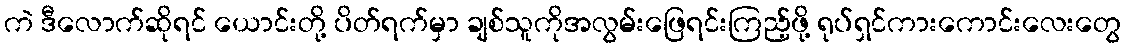
ကဲ ဒီလောက်ဆိုရင် ယောင်းတို့ ပိတ်ရက်မှာ ချစ်သူကိုအလွမ်းဖြေရင်းကြည့်ဖို့ ရုပ်ရှင်ကားကောင်းလေးတွေ